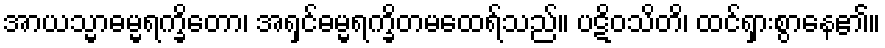
အာယသ္မာဓမ္မရက္ခိတော၊ အရှင်ဓမ္မရက္ခိတမထေရ်သည်။ ပဋိဝသိတိ၊ ထင်ရှားစွာနေ၏။